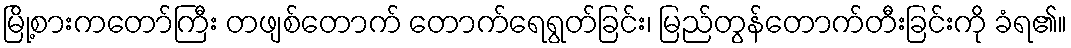
မြို့စားကတော်ကြီး တဖျစ်တောက် တောက်ရေရွတ်ခြင်း၊ မြည်တွန်တောက်တီးခြင်းကို ခံရ၏။